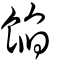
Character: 餡